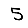
Digit: 5